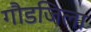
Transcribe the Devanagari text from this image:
गौडजिला